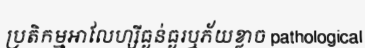
ប្រតិកម្មអាលែហ្សីធ្ងន់ធ្ងរឬភ័យខ្លាច pathological